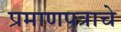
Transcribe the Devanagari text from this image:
प्रमाणपत्राचे